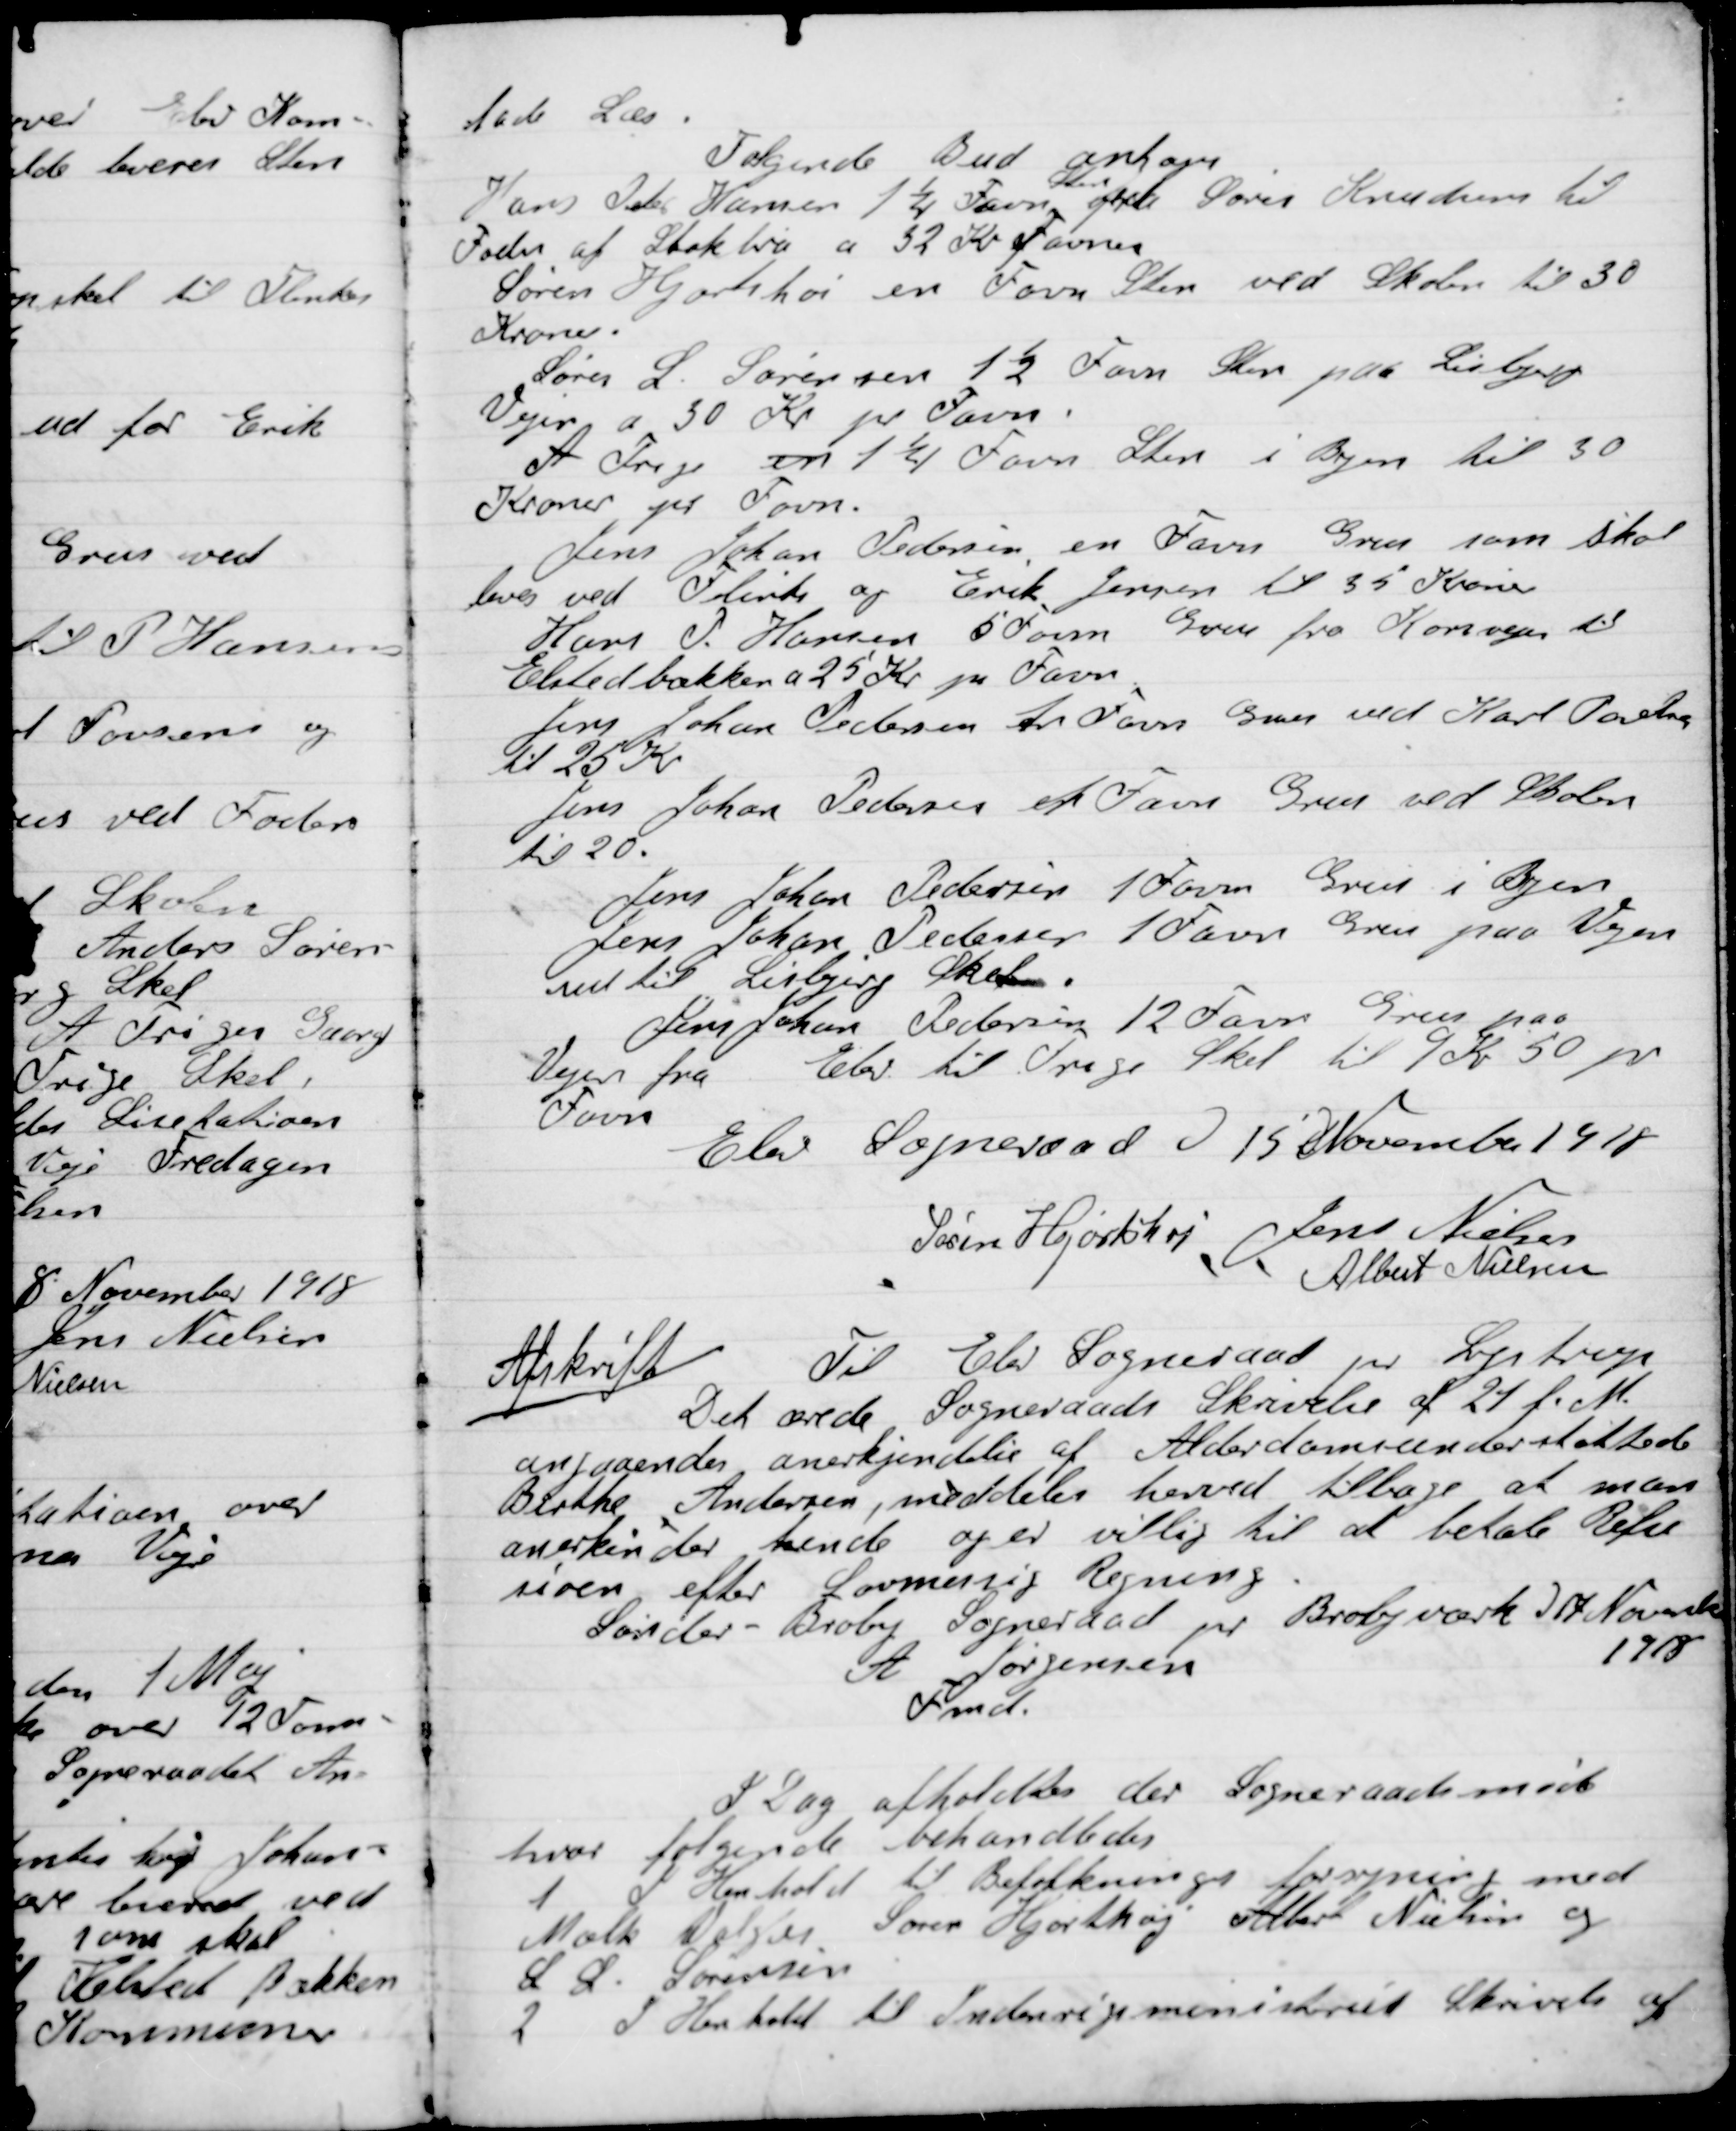
Transskription:
lade Læs.
Følgende Bud antoges:
Hans Peder Hansen 1 ¼ Favn Sten fra Søren Krestensen til
Foden af Stokvis af 32 Kr. Favnen
Søren Hjortshøi en Favn Sten ved Skolen til 30
Kroner
Søren L. Sørensen 1 ½ Favn Sten paa Lisbjerg
Vejen a 30 Kr. pr. Favn.
A.Trige en 1 ¼ Favn Sten i Byen til 30
Kroner pr. Favn
Jens Johan Pedersen en Favn Grus som skal
leveres ved Flints og Erik Jensen til 35 Kroner
Hans P. Hansen 50 Favn Grus fra Korsvejen til
Elstedbakken af 25 Kr. pr. Favn.
Jens Johan Pedersen 1 Favn Grus ved Karl Poulsen
til 25 Kr.
Jens Johan Pedersen 1 Favn Grus ved Skolen
til 20 Kr.
Jens Johan Pedersen 1 Favn Grus i Byen
Jens Johan Pedersen 1 Favn Grus paa Vejen
ved til Lisbjerg Skel.
Jens Johan Pedersen 12 Favn Grus paa
Vejen fra Elev til Trige Skel til 9 Kr. 50 pr.
Favn

Elev Sogneraad D. 15 November 1918

Søren Hjortshøi
Jens Nielsen
Albert Nielsen

Afskrift
Til Elev Sogneraad pr Lystrup
Det ærede Sogneraads Skrivelse af 21 f. Md.
Angaaende anerkendelse af Alderdomsunderstøttede
Berthe Andersen meddeles herved tilbage at man
anerkender hende og er villig til at betale Refu-
sion efter lovmæssig Regning
Sønder-Broby Sogneraad pr Brobyværk D. 17 November
1918
A.	Jørgensen
Fmd.

I Dag afholdtes der Sogneraadetsmøde
 hvor følgende Behandledes:

1

I Henhold til Befolknings forsyning med
Mælk Valgtes Søren Hjortshøj, Albert Nielsen og
S. L. Sørensen

2

I Henhold til Indenrigsministeriets Skrivelse af